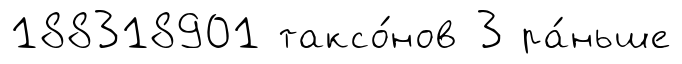
188318901 таксо́нов 3 ра́ньше